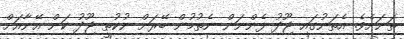
ތަނަށެވެ. އެތަނުގައި ޖޫދު ފެންނަން ނެތުމުން ބޭރަށް ނުކުތީ ޖޫދު ކަން އޭނާއަށް